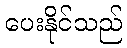
ပေးနိုင်သည်